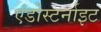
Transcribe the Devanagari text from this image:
एंडोस्टर्नाइट